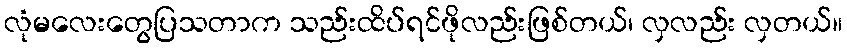
လုံမလေးတွေပြသတာက သည်းထိပ်ရင်ဖိုလည်းဖြစ်တယ်၊ လှလည်း လှတယ်။